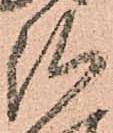
弘